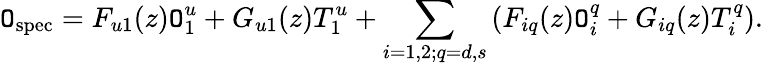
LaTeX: \mathtt{O}_{\mathrm{{spec}}}=F_{u1}(z)\mathtt{O}_{1}^{u}+G_{u1}(z)T_{1}^{u}+\sum_{i=1,2;q=d,s}\left(F_{iq}(z)\mathtt{O}_{i}^{q}+G_{iq}(z)T_{i}^{q}\right).